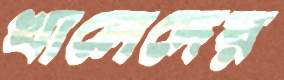
খালেদের